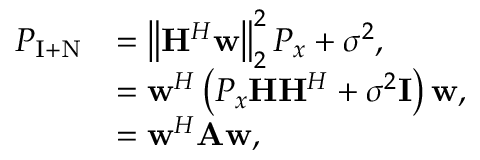
\begin{array} { r l } { P _ { \mathrm { I + N } } } & { = \left\| \mathbf { H } ^ { H } \mathbf { w } \right\| _ { 2 } ^ { 2 } P _ { x } + \sigma ^ { 2 } , } \\ & { = \mathbf { w } ^ { H } \left( P _ { x } \mathbf { H } \mathbf { H } ^ { H } + \sigma ^ { 2 } \mathbf { I } \right) \mathbf { w } , } \\ & { = \mathbf { w } ^ { H } \mathbf { A } \mathbf { w } , } \end{array}